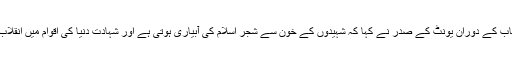
اس موقع پر خطاب کے دوران یونٹ کے صدر نے کہا کہ شہیدوں کے خون سے شجر اسلام کی آبیاری ہوتی ہے اور شہادت دنیا کی اقوام میں انقلاب کی ضامن ہے۔